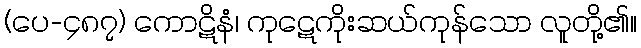
(ပေ-၄၈၇) ကောဋိနံ၊ ကုဋေကိုးဆယ်ကုန်သော လူတို့၏။